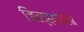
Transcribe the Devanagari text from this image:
जिल्ह्यांतली